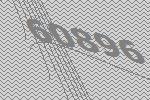
60896